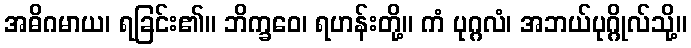
အဓိဂမာယ၊ ရခြင်း၏။ ဘိက္ခဝေ၊ ရဟန်းတို့။ ကံ ပုဂ္ဂလံ၊ အဘယ်ပုဂ္ဂိုလ်သို့။